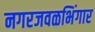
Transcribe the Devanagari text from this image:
नगरजवळभिंगार